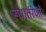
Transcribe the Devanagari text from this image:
रूपातंरणों